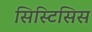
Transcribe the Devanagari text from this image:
सिस्टिसिस